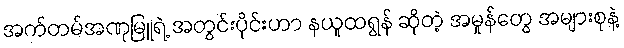
အက်တမ်အဏုမြူရဲ့ အတွင်းပိုင်းဟာ နယူထရွန် ဆိုတဲ့ အမှုန်တွေ အများစုနဲ့